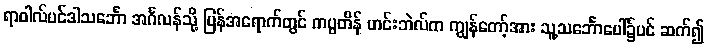
ရာဝါလ်ပင်ဒါသင်္ဘော အင်္ဂလန်သို့ ပြန်အရောက်တွင် ကပ္ပတိန် ဟင်းဘဲလ်က ကျွန်တော့်အား သူ့သင်္ဘောပေါ်၌ပင် ဆက်၍